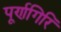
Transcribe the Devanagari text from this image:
पूर्णगिरि